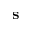
\mathbf { s }